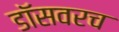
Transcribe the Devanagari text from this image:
डॉसवरच